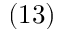
( 1 3 )